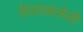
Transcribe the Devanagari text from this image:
पिसाळलेली